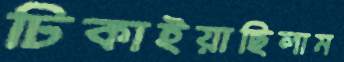
ঢিকাইয়াছিলাম